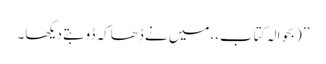
’’ (بحوالہ کتاب،،میں نے ڈھاکہ ڈوبتے دیکھا۔